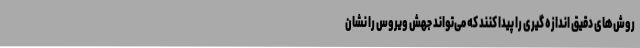
روش‌های دقیق اندازه گیری را پیدا کنند که می‌تواند جهش ویروس را نشان